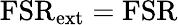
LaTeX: \mathrm{FSR}_{\mathrm{ext}}=\mathrm{FSR}